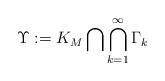
\begin{align*}\Upsilon : = K_M \bigcap \bigcap_{k=1}^{\infty} \Gamma_k\end{align*}